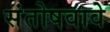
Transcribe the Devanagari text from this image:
संतोषवावे